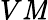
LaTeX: V\mathit{M}